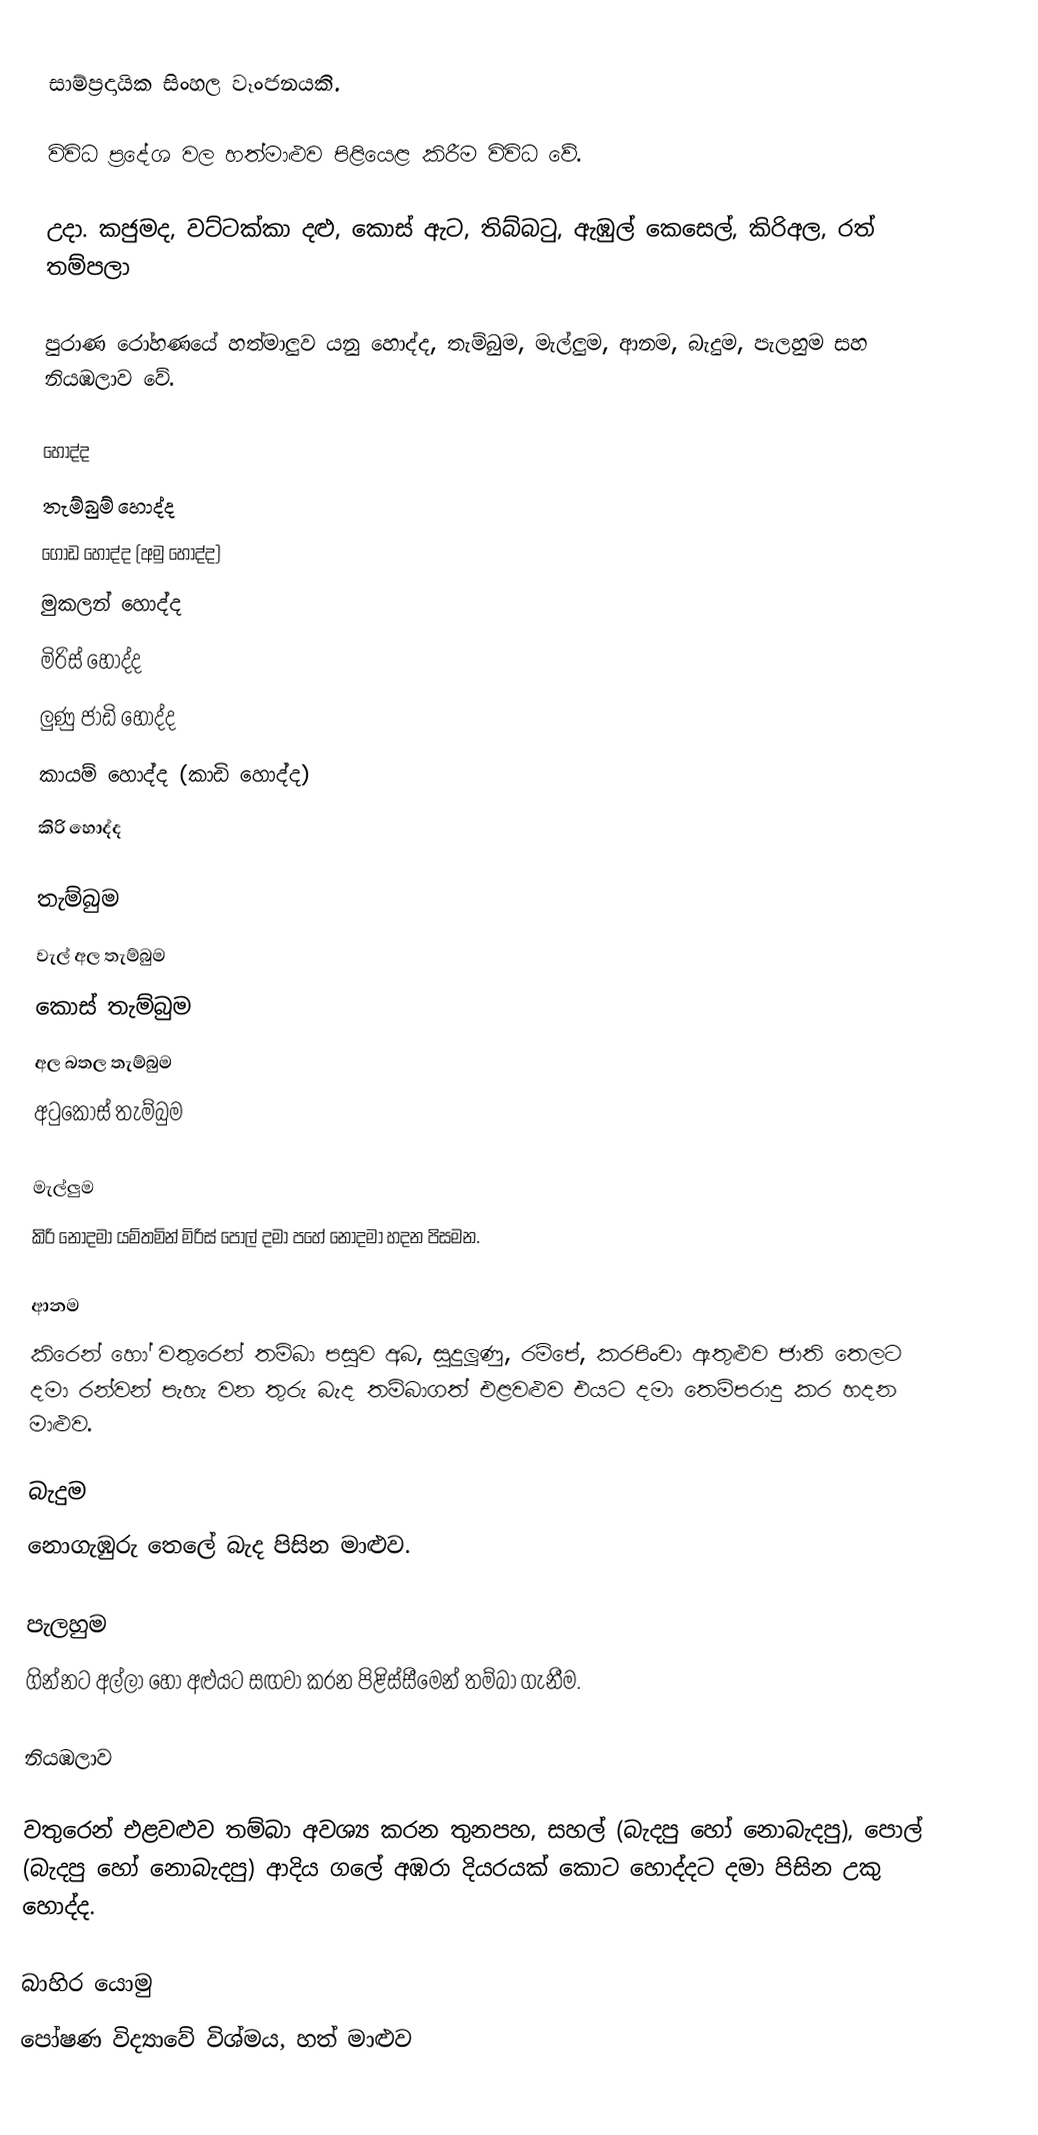
සාම්ප්‍රදායික සිංහල වෑංජනයකි.

විවිධ ප්‍රදේශ වල හත්මාළුව පිළියෙළ කිරීම විවිධ වේ.

උදා. කජුමද, වට්ටක්කා දළු, කොස් ඇට, තිබ්බටු, ඇඹුල් කෙසෙල්, කිරිඅල, රත් තම්පලා

පුරාණ රෝහණයේ හත්මාලුව යනු හොද්ද, තැම්බුම, මැල්ලුම, ආනම, බැදුම, පැලහුම සහ  නියඹලාව වේ.

හොද්ද
 තැම්බුම් හොද්ද
 ගොඩ හොද්ද (අමු හොද්ද)
 මුකලන් හොද්ද
 මිරිස් හොද්ද
 ලුණු ජාඩි හොද්ද
 කායම් හොද්ද (කාඩි හොද්ද)
 කිරි හොද්ද

තැම්බුම
 වැල් අල තැම්බුම
 කොස් තැම්බුම
 අල බතල තැම්බුම
 අටුකොස් තැම්බුම

මැල්ලුම
කිරි නොදමා යම්තමින් මිරිස් පොල් දමා පහේ නොදමා හදන පිසමන.

ආනම
කිරෙන් හෝ වතුරෙන් තම්බා පසුව අබ, සුදුලූණු, රම්පේ, කරපිංචා ඇතුළුව ජාති තෙලට දමා රන්වන් පැහැ වන තුරු බැද තම්බාගත් එළවළුව එයට දමා තෙම්පරාදු කර හදන මාළුව.

බැදුම
නොගැඹුරු තෙලේ බැද පිසින මාළුව.

පැලහුම
ගින්නට අල්ලා හෝ අළුයට සඟවා කරන පිළිස්සීමෙන් තම්බා ගැනීම.

නියඹලාව

වතුරෙන් එළවළුව තම්බා අවශ්‍ය කරන තුනපහ, සහල් (බැදපු හෝ නොබැදපු), පොල් (බැදපු හෝ නොබැදපු) ආදිය ගලේ අඹරා දියරයක් කොට හොද්දට දමා පිසින උකු හොද්ද.

බාහිර යොමු
 පෝෂණ විද්‍යාවේ විශ්මය, හත් මාළුව